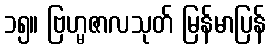
၁၅။ ဗြဟ္မဇာလသုတ် မြန်မာပြန်